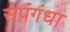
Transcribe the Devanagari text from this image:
सपंगंधा